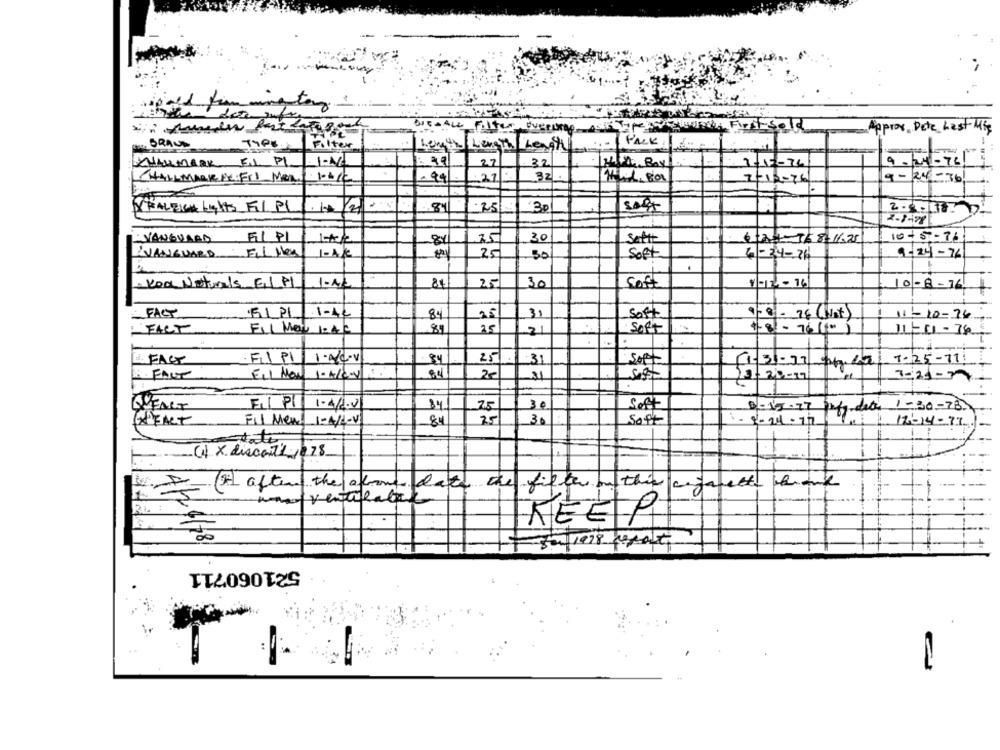
OVERALL Filter Querumag
Approx. Dete_ Last-Mig
BRAND
-PACK
Filter
Length weight Leash
XHALMARK FIL P
PI
1-16
22
2.2
9-24-76
1-15-26
(HALLMARK NE Fil Man
99%.
27
32
9-24-36
2-12-26
RALEIGH Lights FIL PL
84
.25
30
2.5.11
VANGUARD
FI PL
15
30
Soft
6:24-768-11.25
10-57-11
VANGUARD FIL Mes
1-A/
25
50
Soft
6-34-76
9-24-76
.
· Koa Naturals EL PL 1-12
84
25
30
Soft
1-12-16
10-8-76
FACT
F1 PI
1-44
84
Soft
F8- 76 (Not)
25
FIL MOV 1:42
81
25
31
Soft
4-8 - 76 (10)
11-01 - 34
Er. FACT
FIL P1 1.0Cv
25
31
SOFT
1-25-11.
FAUT
25
7:24-7
1- 20-19
Fil P1 1-4/1.7
30
Soft
0-15.77
1-30-78.
QUEART
34
det
X FACT
Fil Ment 1-A/L-V
84
30
Soft
12-14-77.
stato
(4) × discounts 078
(H) after the above date the fifth on this cigarettes thank
veralatt
KEEP
00
32/1998 report
521060711